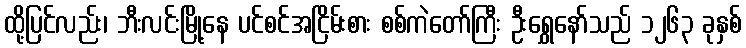
ထို့ပြင်လည်း၊ ဘီးလင်းမြို့နေ ပင်စင်အငြိမ်းစား စစ်ကဲတော်ကြီး ဦးရွှေနော်သည် ၁၂၆၃ ခုနှစ်